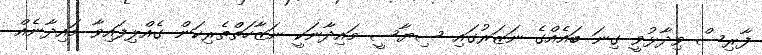
ފާރިސް ވިދާޅުވީ ގިނަ ބައެއްގެ ނަޒަރުގައި ސިޔާސީ މައިދާނަކީ ނަޒާހަތްތެރިކަން ގެއްލިފައިވާ މައިދާނެއް